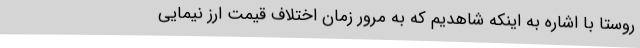
روستا با اشاره به اینکه شاهدیم که به مرور زمان اختلاف قیمت ارز نیمایی